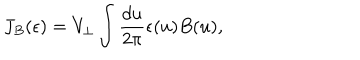
J _ { B } ( \epsilon ) = V _ { \perp } \int { \frac { d u } { 2 \pi } } \epsilon ( u ) B ( u ) ,